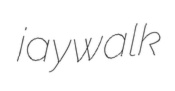
jaywalk